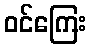
ဝင်ကြေး